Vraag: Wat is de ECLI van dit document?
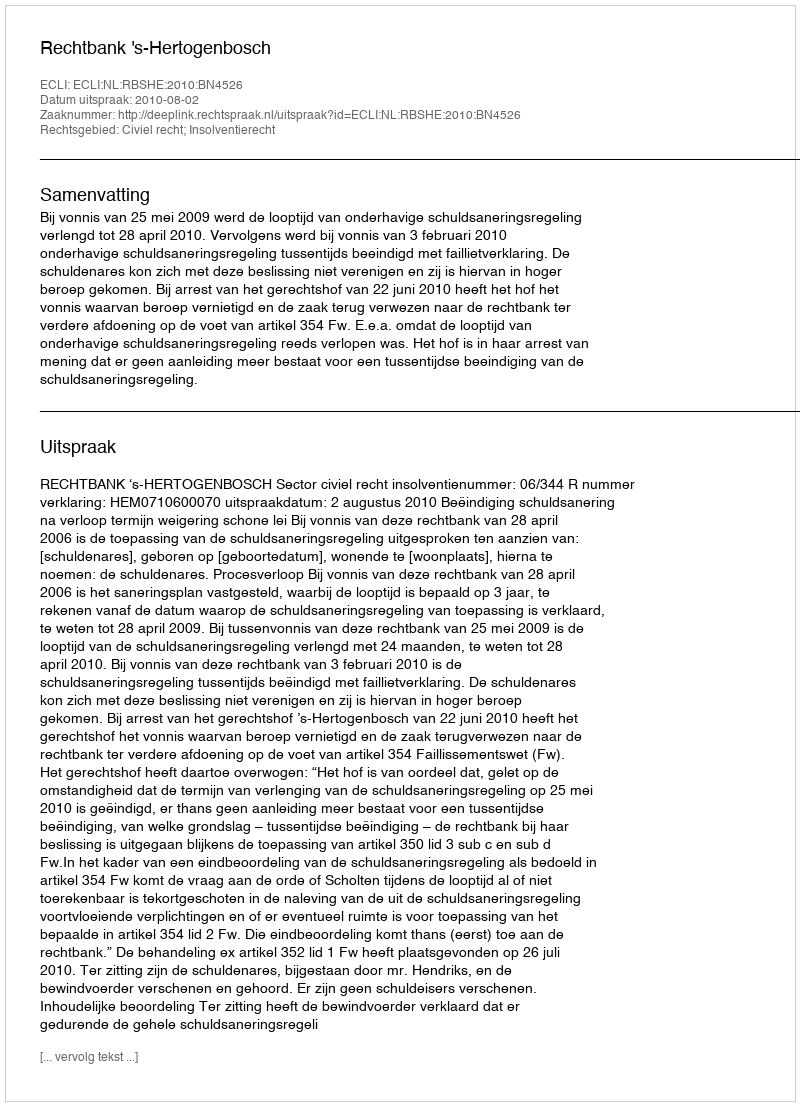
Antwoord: ECLI:NL:RBSHE:2010:BN4526